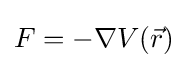
F=-\nabla V({\vec {r}})